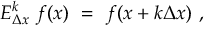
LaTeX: E _ { \Delta x } ^ { k } \ f ( x ) \ = \ f ( x + k \Delta x ) \ ,